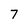
Character: 7